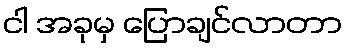
ငါ အခုမှ ပြောချင်လာတာ